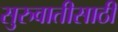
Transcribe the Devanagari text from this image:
सुरुवातीसाठी